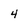
Character: 4